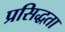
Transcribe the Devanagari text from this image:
प्रसिद्धता